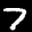
Label: 7